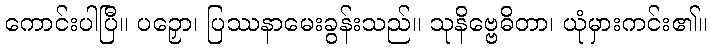
ကောင်းပါပြီ။ ပဉှော၊ ပြဿနာမေးခွန်းသည်။ သုနိဗ္ဗေဓိတာ၊ ယုံမှားကင်း၏။